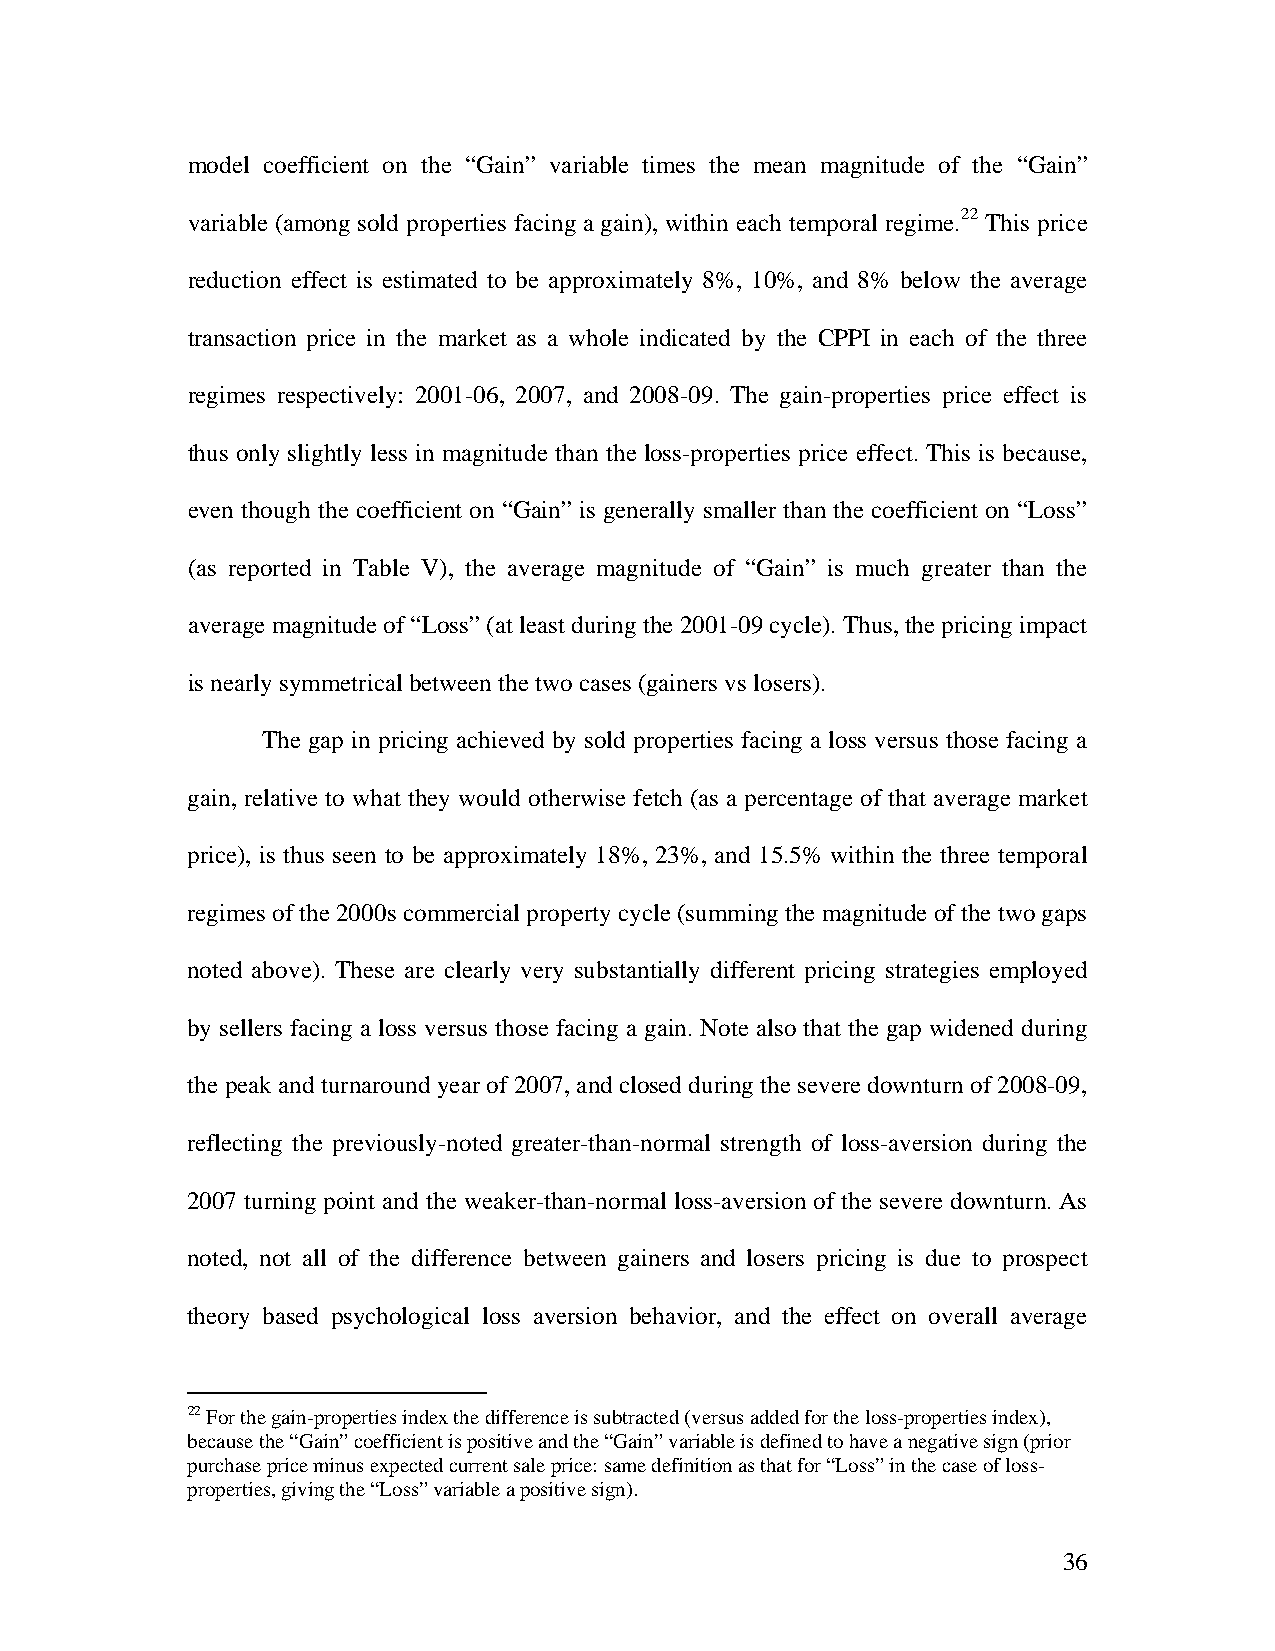
model coefficient on the “Gain” variable times the mean magnitude of the “Gain”
 variable (among sold properties facing a gain), within each temporal regime.22 This price
 reduction effect is estimated to be approximately 8%, 10%, and 8% below the average
 transaction price in the market as a whole indicated by the CPPI in each of the three
 regimes respectively: 2001-06, 2007, and 2008-09. The gain-properties price effect is
 thus only slightly less in magnitude than the loss-properties price effect. This is because,
 even though the coefficient on “Gain” is generally smaller than the coefficient on “Loss”
 (as reported in Table V), the average magnitude of “Gain” is much greater than the
 average magnitude of “Loss” (at least during the 2001-09 cycle). Thus, the pricing impact
 is nearly symmetrical between the two cases (gainers vs losers).
 The gap in pricing achieved by sold properties facing a loss versus those facing a
 gain, relative to what they would otherwise fetch (as a percentage of that average market
 price), is thus seen to be approximately 18%, 23%, and 15.5% within the three temporal
 regimes of the 2000s commercial property cycle (summing the magnitude of the two gaps
 noted above). These are clearly very substantially different pricing strategies employed
 by sellers facing a loss versus those facing a gain. Note also that the gap widened during
 the peak and turnaround year of 2007, and closed during the severe downturn of 2008-09,
 reflecting the previously-noted greater-than-normal strength of loss-aversion during the
 2007 turning point and the weaker-than-normal loss-aversion of the severe downturn. As
 noted, not all of the difference between gainers and losers pricing is due to prospect
 theory based psychological loss aversion behavior, and the effect on overall average
 22 For the gain-properties index the difference is subtracted (versus added for the loss-properties index),
 because the “Gain” coefficient is positive and the “Gain” variable is defined to have a negative sign (prior
 purchase price minus expected current sale price: same definition as that for “Loss” in the case of loss-
 properties, giving the “Loss” variable a positive sign).
 36